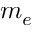
m _ { e }